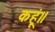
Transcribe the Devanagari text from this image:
कहूं॥